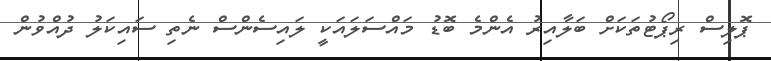
ޕޮލިސް ރިޕޯޓުތަކަށް ބަލާއިރު އެންމެ ބޮޑު މައްސަލައަކީ ލައިސެންސް ނެތި ސައިކަލު ދުއްވުން